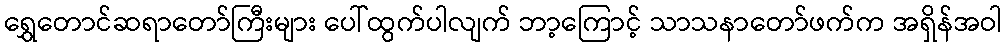
ရွှေတောင်ဆရာတော်ကြီးများ ပေါ်ထွက်ပါလျက် ဘာ့ကြောင့် သာသနာတော်ဖက်က အရှိန်အဝါ